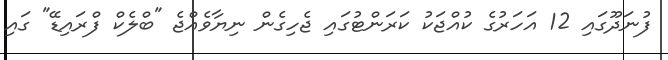
ފުނަދޫގައި 12 އަހަރުގެ ކުއްޖަކު ކަރަންޓުގައި ޖެހިގެން ނިޔާވެއްޖެ "ބްލެކް ފްރައިޑޭ" ގައި